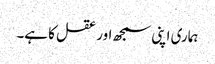
ہماری اپنی سمجھ اور عقل کا ہے۔